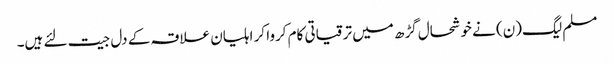
مسلم لیگ(ن) نے خوشحال گڑھ میں ترقیاتی کام کروا کر اہلیان علاقہ کے دل جیت لئے ہیں۔